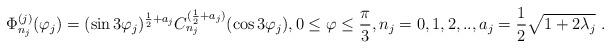
LaTeX: \begin{align*}\Phi _{n_j}^{(j)}(\varphi_j ) = (\sin 3\varphi_j )^{\frac{1}{2}+ a_j}C_{n_j}^{(\frac{1}{2}+a_j)}(\cos 3\varphi_j ), 0\leq \varphi \leq \frac{\pi }{3}, n_j=0,1,2,.., a_j =\frac{1}{2} \sqrt{1+2\lambda_j } \ . \end{align*}